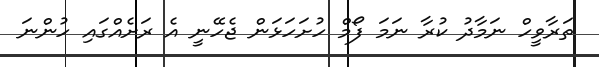
ތަރާވީހް ނަމާދު ކުރާ ނަމަ ފޯމް ހުށަހަޅަން ޖެހޭނީ އެ ރަށެއްގައި ހުންނަ